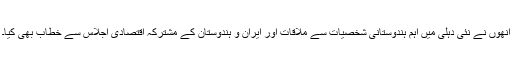
انھوں نے نئی دہلی میں اہم ہندوستانی شخصیات سے ملاقات اور ایران و ہندوستان کے مشترکہ اقتصادی اجلاس سے خطاب بھی کیا۔